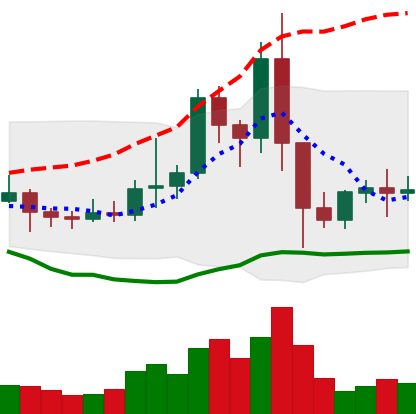
Ticker: EOS-USD
Chart end date: 2021-01-16
Forward return: -8.57%
Label: down_7plus